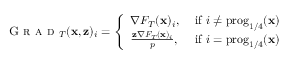
\begin{array} { r } { \textsc { G r a d } _ { T } ( { \mathbf x } , { \mathbf z } ) _ { i } = \left\{ \begin{array} { l l } { \nabla F _ { T } ( { \mathbf x } ) _ { i } , } & { \mathrm { ~ i f ~ } i \ne \mathrm { p r o g } _ { 1 / 4 } ( { \mathbf x } ) } \\ { \frac { { \mathbf z } \nabla F _ { T } ( { \mathbf x } ) _ { i } } { p } , } & { \mathrm { ~ i f ~ } i = \mathrm { p r o g } _ { 1 / 4 } ( { \mathbf x } ) } \end{array} \right. } \end{array}